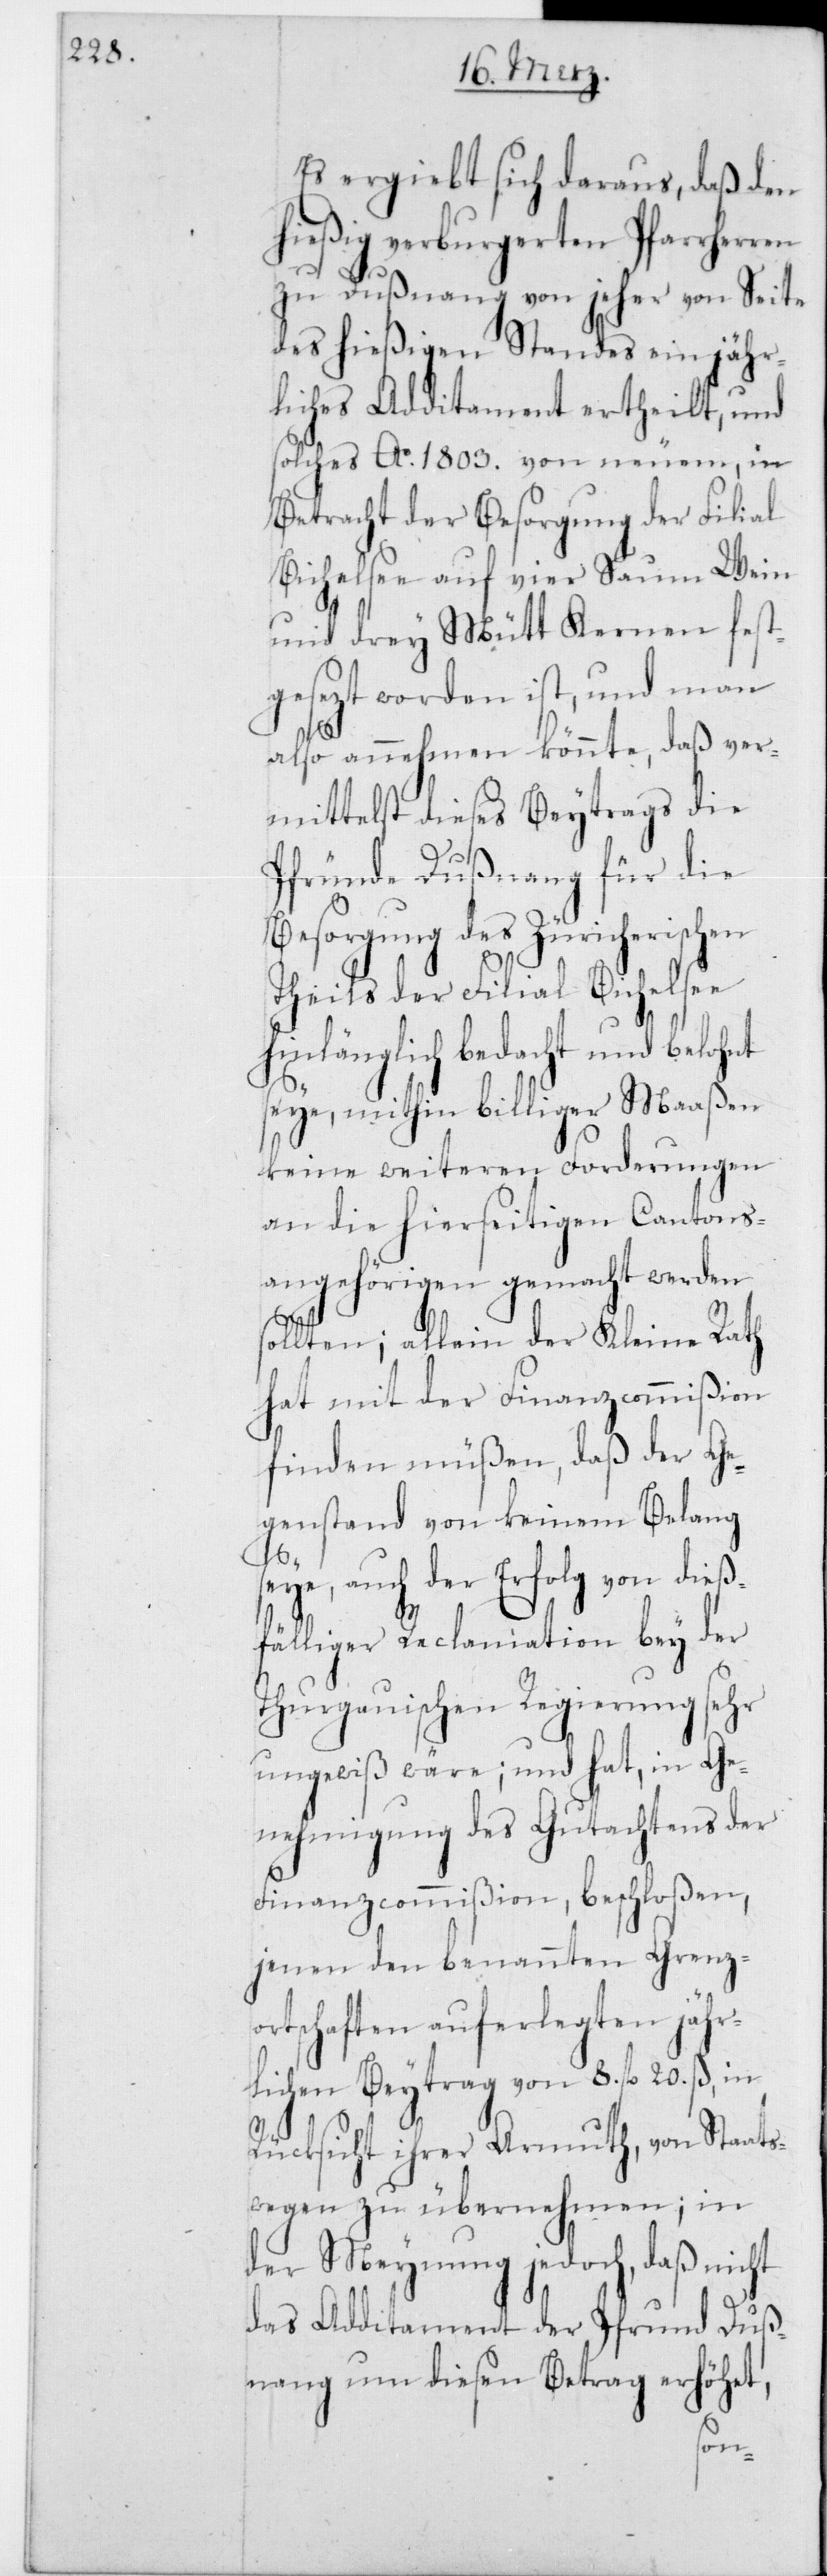
Es ergiebt sich daraus, daß den
hießig verburgereten Pfarrherr¬
zu Dußnang von jeher von Seite
des hießigen Standes ein jähr¬
liches Additament ertheilt, und
solches Ao 1803 von neuem, in
Betracht der Besorgung der Filial
Bichelsee auf vier Saum Wein
und drey Mütt Kernen fest¬
gesetzt worden ist, und man
also annehmen könnte, daß ver¬
mittelst dieses Beytrags die
Pfründe Dußnang für die
Besorgung des Züricherischen
Theils der Filial Bichelsee
hinlänglich bedacht und belohnt
seye, mithin billiger Maaßen
keine weiteren Forderungen
an die hierseitigen Cantons¬
angehörigen gemacht werden
sollten; allein der Kleine Rath
hat mit der Finanzcommißion
finden müßen, daß der Ge¬
genstand von keinem Belang
seye, auch der Erfolg von dieß¬
fälliger Reclamation bey der
Thurgauischen Regierung sehr
ungewiß wäre; und hat, in Ge¬
nehmigung des Gutachtens der
Finanzcommißion, beschloßen,
jenen den benannten Grenz¬
ortschaften auferlegte jähr¬
lichen Beitrag von 8 fl. 20 ß, in
Rücksicht ihrer Armuth, von Staats¬
wegen zu übernehmen; in
der Meynung jedoch, daß nicht
das Additament der Pfrund Duß¬
nang um diesen Betrag erhöhet,
en